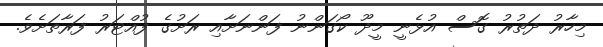
މިހާރު ދަތުރު ގޮސް އުޅެނީ މީދޫ ކޯގަންނު ފަންނަށާއި ރަށުގެ ފުއްޓަރު ފަރާތަށެވެ.